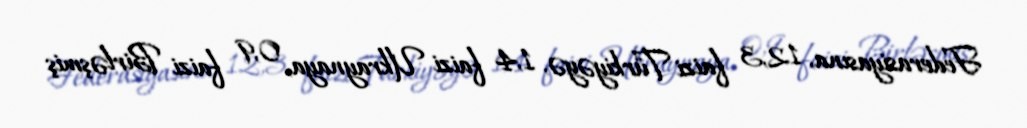
Federasiyasına, 12,3 faizi Türkiyəyə, 1,4 faizi Ukraynaya, 0,9 faizi Birləşmiş